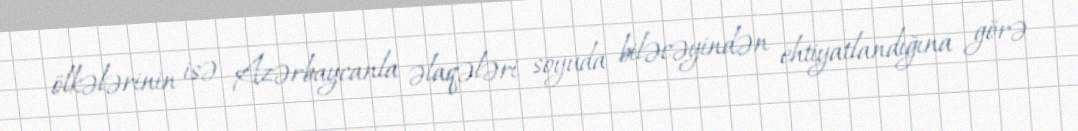
ölkələrinin isə Azərbaycanla əlaqələri soyuda biləcəyindən ehtiyatlandığına görə